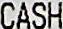
CASH